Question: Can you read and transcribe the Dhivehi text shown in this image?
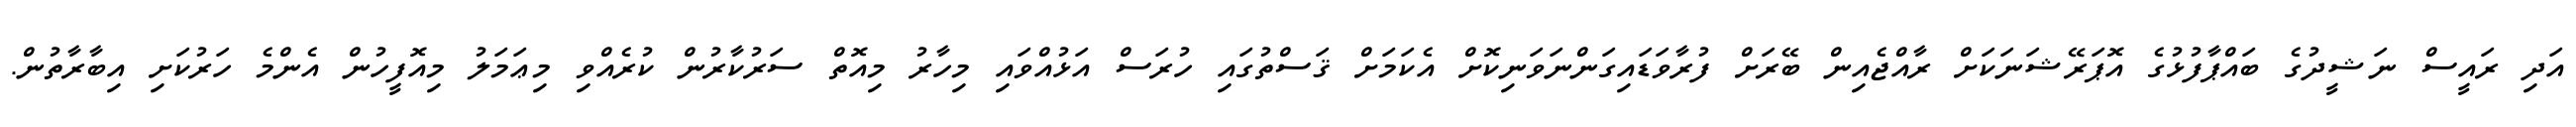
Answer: އަދި ރައީސް ނަޝީދުގެ ބައްޕާފުޅުގެ އޮޕަރޭޝަނަކަށް ރާއްޖެއިން ބޭރަށް ފުރާވަޑައިގަންނަވަނިކޮށް އެކަމަށް ޤަސްތުގައި ހުރަސް އަޅުއްވައި މިހާރު މިއޮތް ސަރުކާރުން ކުރެއްވި މިޢަމަލު މިއޮފީހުން އެންމެ ހަރުކަށި އިބާރާތުން.